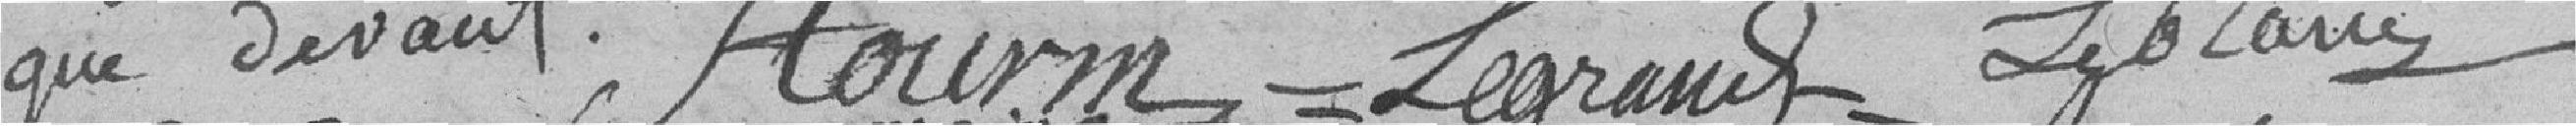
que devant.      F. TOTIRN ?    LEGRAND ?   LEBLARIZ??